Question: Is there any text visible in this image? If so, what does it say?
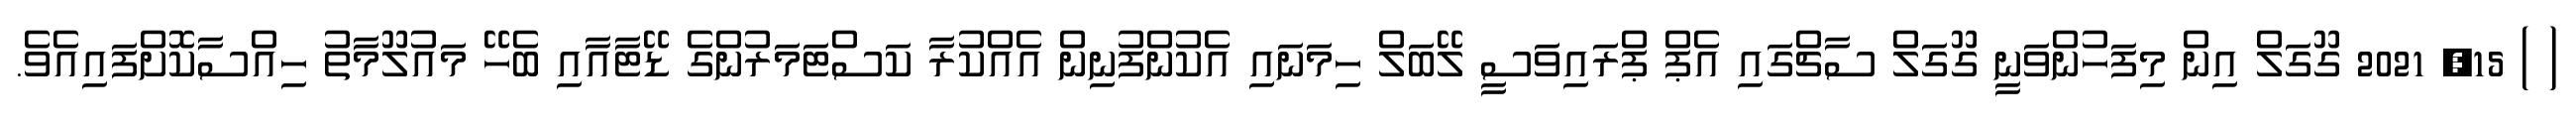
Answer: ( ) 15, 2021 ގޫގަލް އިން މިފަހުންވަނީ ގޫގަލް ސާޗްގައި އެޕް ޕްރައިވަސީ ލޭބަލް ހިމަނައި އެކުންފުނިން އެއްކުރާ ކަސްޓަމަރުންގެ ޑޭޓާއާއި ބެހޭ މައުލޫމާތު ހިއްސާކޮށްފައިއެވެ.